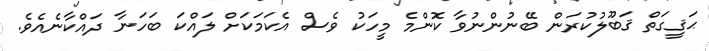
ޙަޤީގަތް ޤަބޫލުކުރަން ބޭނުންނުވާ ކޮންމެ މީހަކު ވެސް އެކަމަކަށް ލައްކަ ބަހަނާ ދައްކާނެއެވެ.